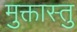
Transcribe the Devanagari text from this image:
मुक्तास्तु